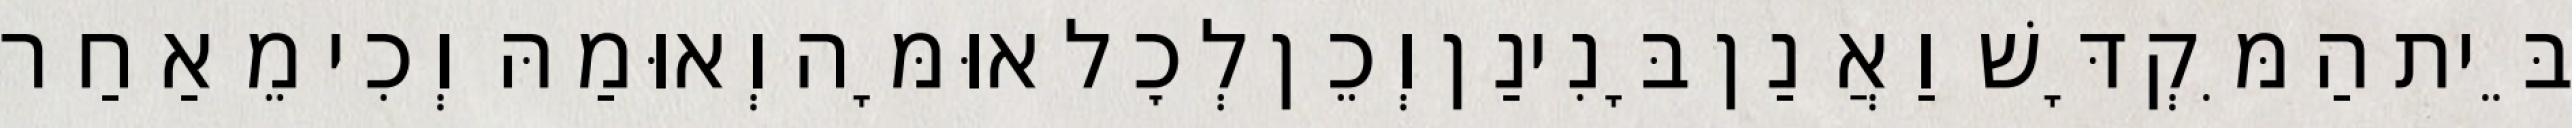
בֵּית הַמִּקְדָּשׁ וַאֲנַן בָּנִינַן וְכֵן לְכׇל אוּמָּה וְאוּמַהּ וְכִי מֵאַחַר